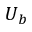
U _ { b }